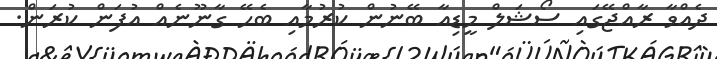
ދެއްވާ ރާއްޖޭގައި ސޯޝަލް މީޑިއާ ބޭނުން ކުރުމާއި ބެހޭ ގާނޫނެއް އުފަން ކުރަން.